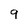
Character: 9